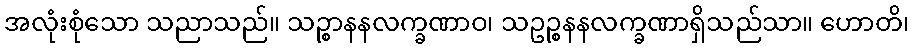
အလုံးစုံသော သညာသည်။ သဉ္စာနနလက္ခဏာဝ၊ သဥဉ္စနနလက္ခဏာရှိသည်သာ။ ဟောတိ၊